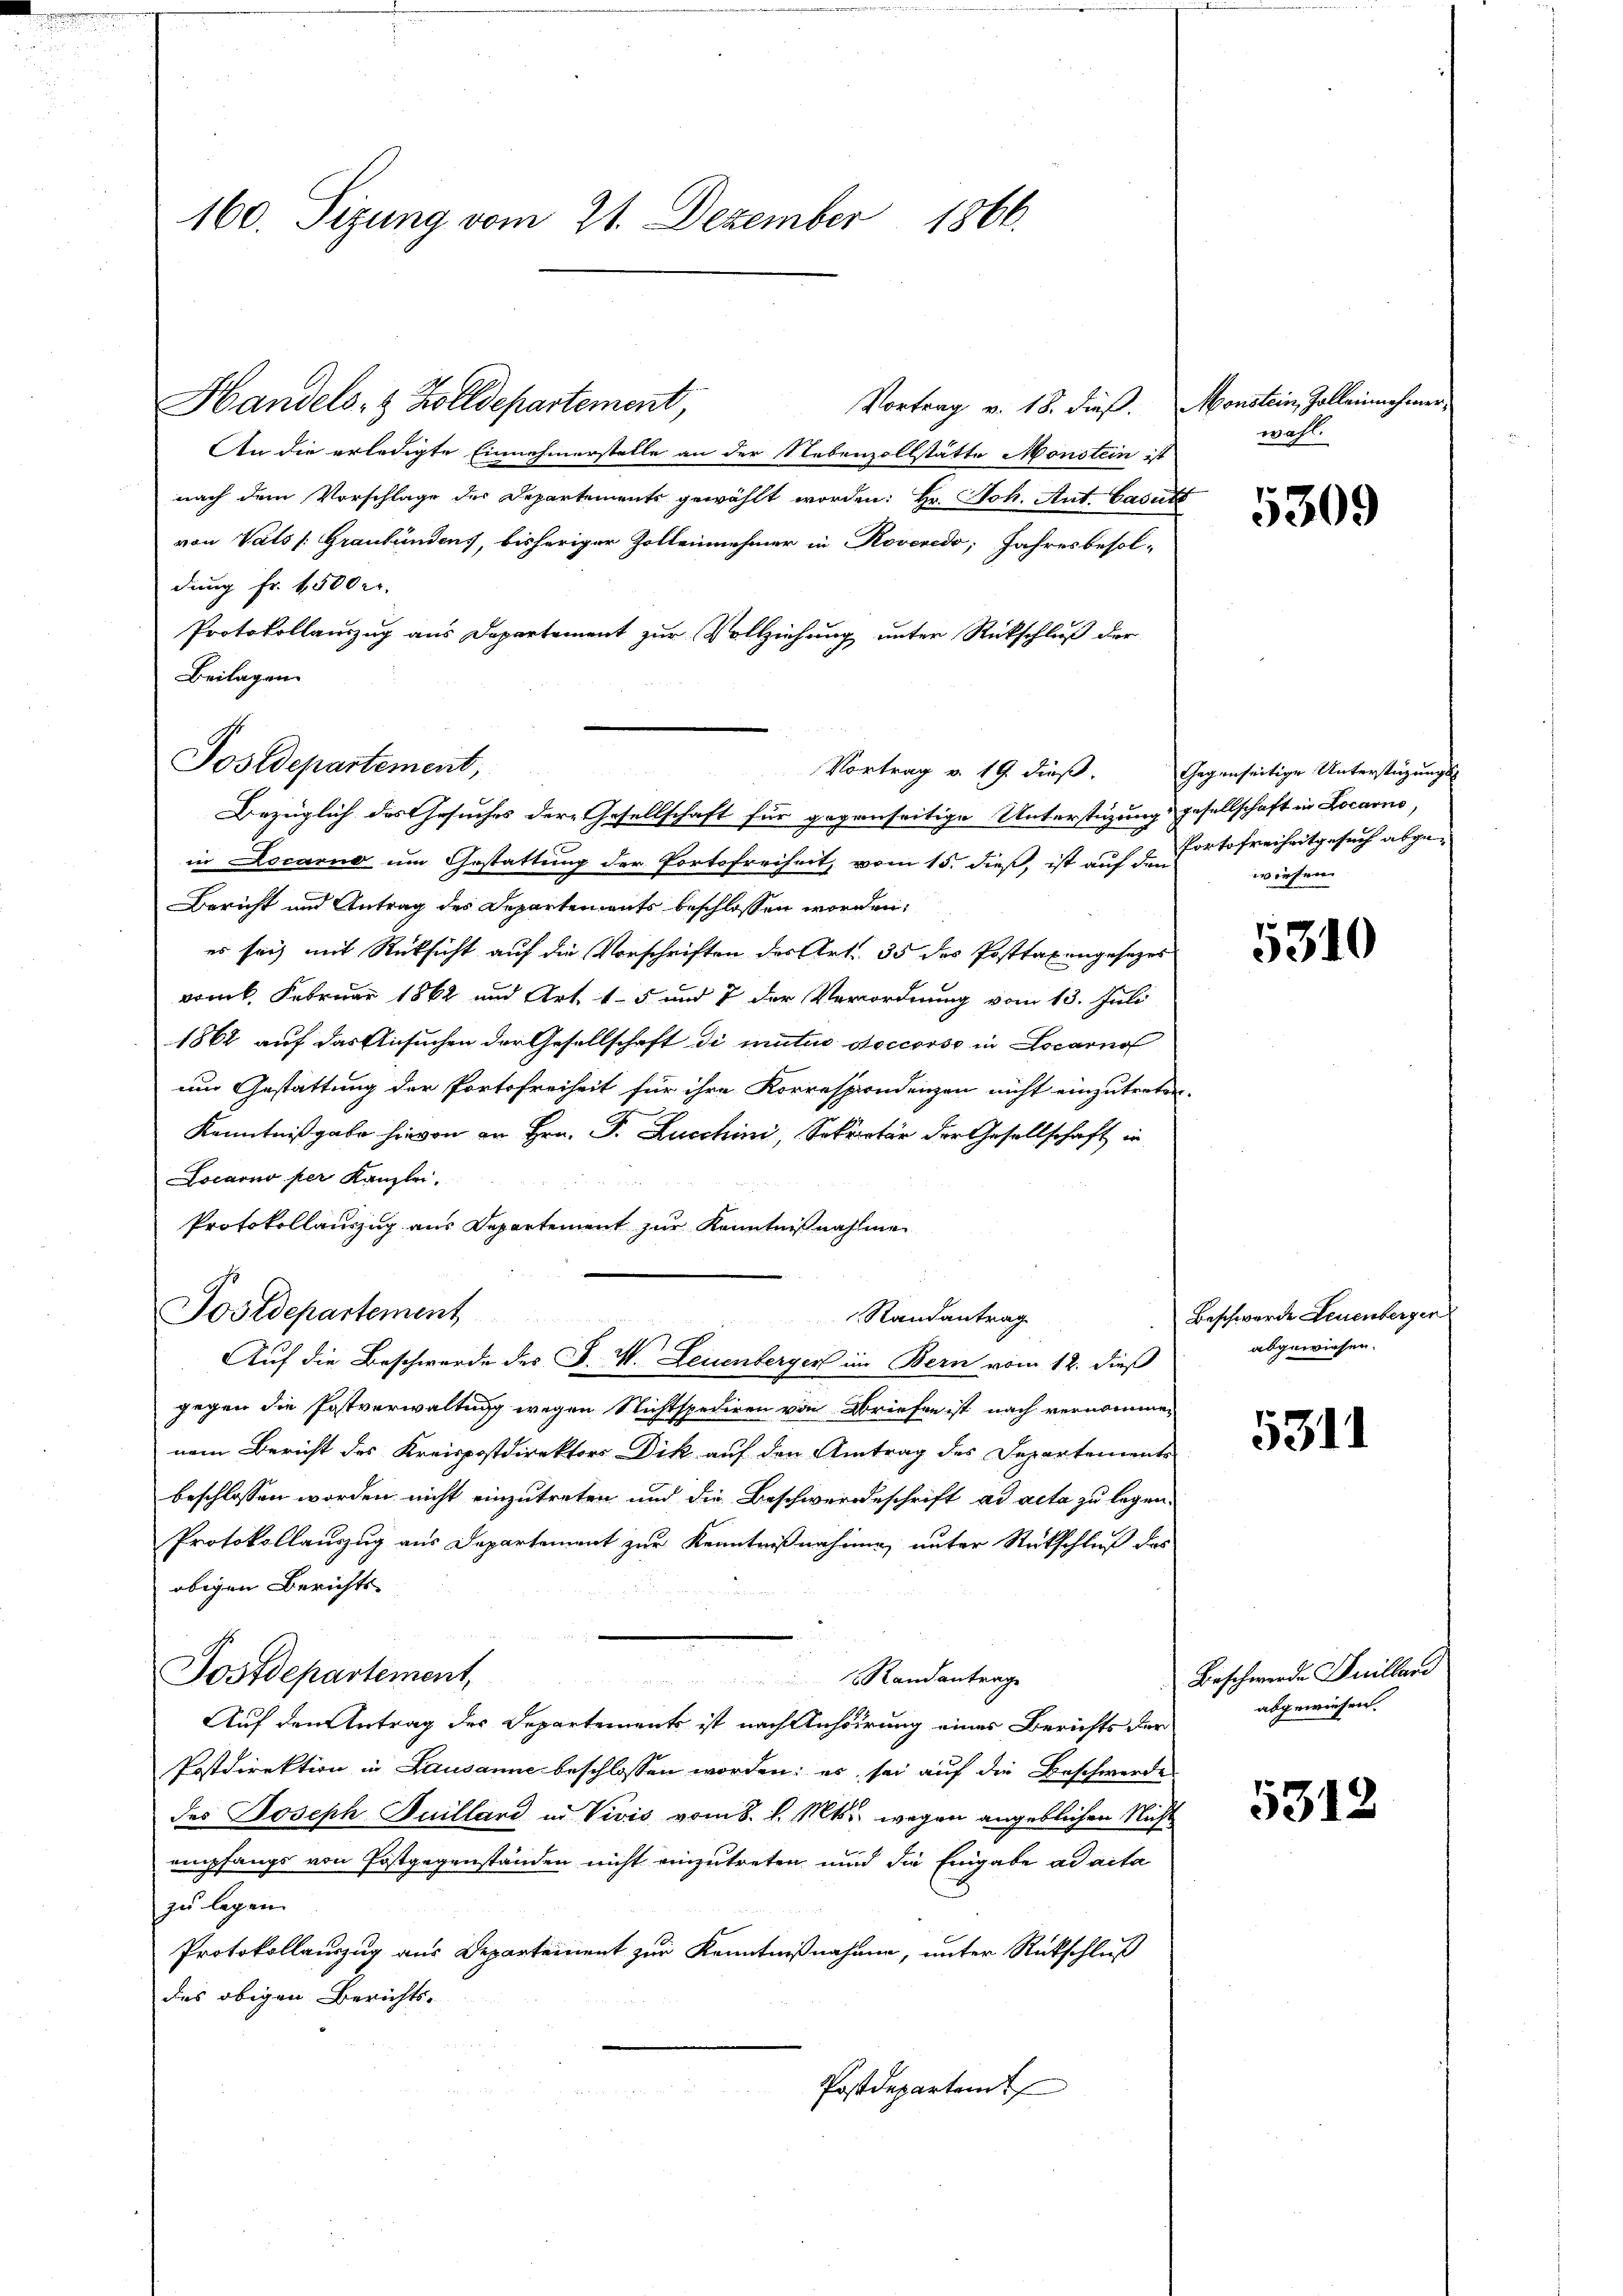
160. Sizung vom 21. Dezember 1866.

Handels- & Zolldepartement,

Postdepartement,

Vortrag v. 19 dieß. Gegenseitige Unterstüzungs-

Vortrag v. 18. dieß. Monstein, Zolleinnehmer,
An die erledigte Einnahmerstelle an der Nebenzollstätte Monstein ist
nach dem Vorschlage des Departements gewählt worden: Hr. Joh. Ant. Casutt
von Vals /: Graubündens, bisheriger Zollennehmer in Roveredo, Jahresbesol-
dung Fr. 4500 er
Protokollauszug aus Departement zur Vollziehung unter Rückschluß der
Beilagen.
Bezüglich des Gesuches dere Gesellschaft für gegenseitige Unterstüzung gesellschaft in Locarno,
in Locarno um Gestattung der Portofreiheit, vom 15. dieß, ist auf den Portofreiheitgesuch abge¬
Bericht und Antrag des Departements beschlossen worden,
es sich mit Rücksicht auf die Vorschriften des Art. 35 des Posttaxengesetzes
vom 6. Februar 1862 und Art. 15 und 7 der Verordnung vom 13. Juli
1862 auf das Ansuchen der Gesellschaft di mater Accorso in Locarno
um Gestattung der Portofreiheit für ihre Korrespondenzen nicht einzutreten.
Kenntnißgabe hievon an Hrn. F. Zuschini, Sekretär der Gesellschaft in
Locarno per Kanzlei.
Protokollauszug aus Departement zur Kenntnißnahme
Postdepartement
Randantrag
Auf die Beschwerde des F. W. Leuenberger im Bern vom 12. dieß
gegen die Postverwaltung wegen Nichtspediren von Briefen ist nach vernommen
nem Bericht des Kreispostdirektors Dik auf den Antrag des Departements
beschlossen worden nicht einzutreten und die Beschwerdeschrift ad acta zu legen.
Protokollauszug aus Departement zur Kenntnißnahmen unter Rückschluß des
obigen Berichts-
Postdepartement,
Randantrage
Auf den Antrag des Departements ist nach Anhörung eines Berichts der
Postdirektion in Lausanne beschlossen worden; es sei auf die Beschwerde
des Joseph Juilland in Vivis vom 8. d. Mts., wegen angeblichen Nicht
empfangs von Postgegenständen nicht einzutreten und die Eingabe ad acta
zu legen.
Protokollauszug aus Departement zur Kenntnißnahmen, unter Rückschluß
des obigen Berichts-
Postdepartem

wahl.

5309

worfen.

5310

Beschwerde Leuenberger
abgewiesen.

5311

Beschwerde Guilland
abgewiesen.

5312